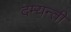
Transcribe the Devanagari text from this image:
दम्यन्ती